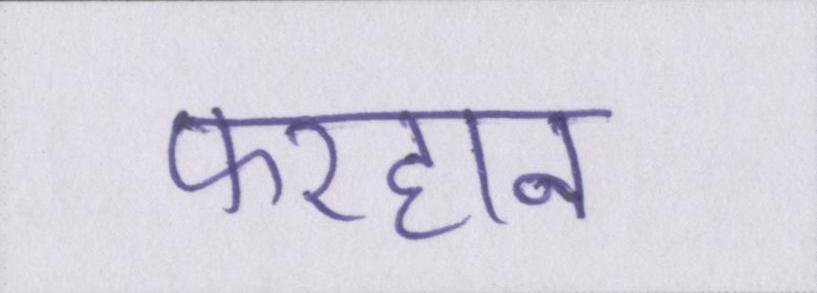
फरहान